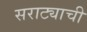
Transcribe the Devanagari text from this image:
सराट्याची